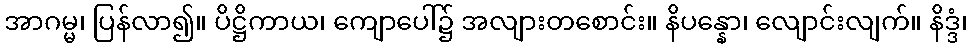
အာဂမ္မ၊ ပြန်လာ၍။ ပိဋ္ဌိကာယ၊ ကျောပေါ်၌ အလျားတစောင်း။ နိပန္နော၊ လျောင်းလျက်။ နိဒ္ဒံ၊